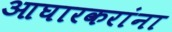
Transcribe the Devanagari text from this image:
आघारकरांना